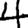
Digit: 4